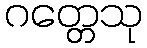
ဂတ္တေသု